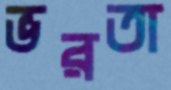
ভরতা